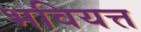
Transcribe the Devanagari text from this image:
भवियत्त